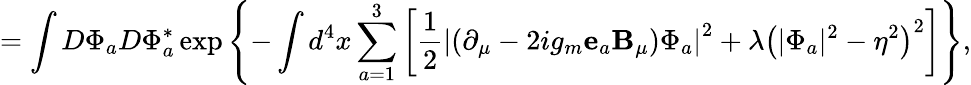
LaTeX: =\int D\Phi_{a}D\Phi_{a}^{*}\exp\left\{ -\int d^{4}x\sum_{a=1}^{3}\left[\frac 12\left|\left(\partial_{\mu}-2ig_{m}{\mathbf e}_{a}{\mathbf B}_{\mu}\right)\Phi_{a}\right|^{2}+\lambda\left(|\Phi_{a}|^{2}-\eta^{2}\right)^{2}\right]\right\} ,